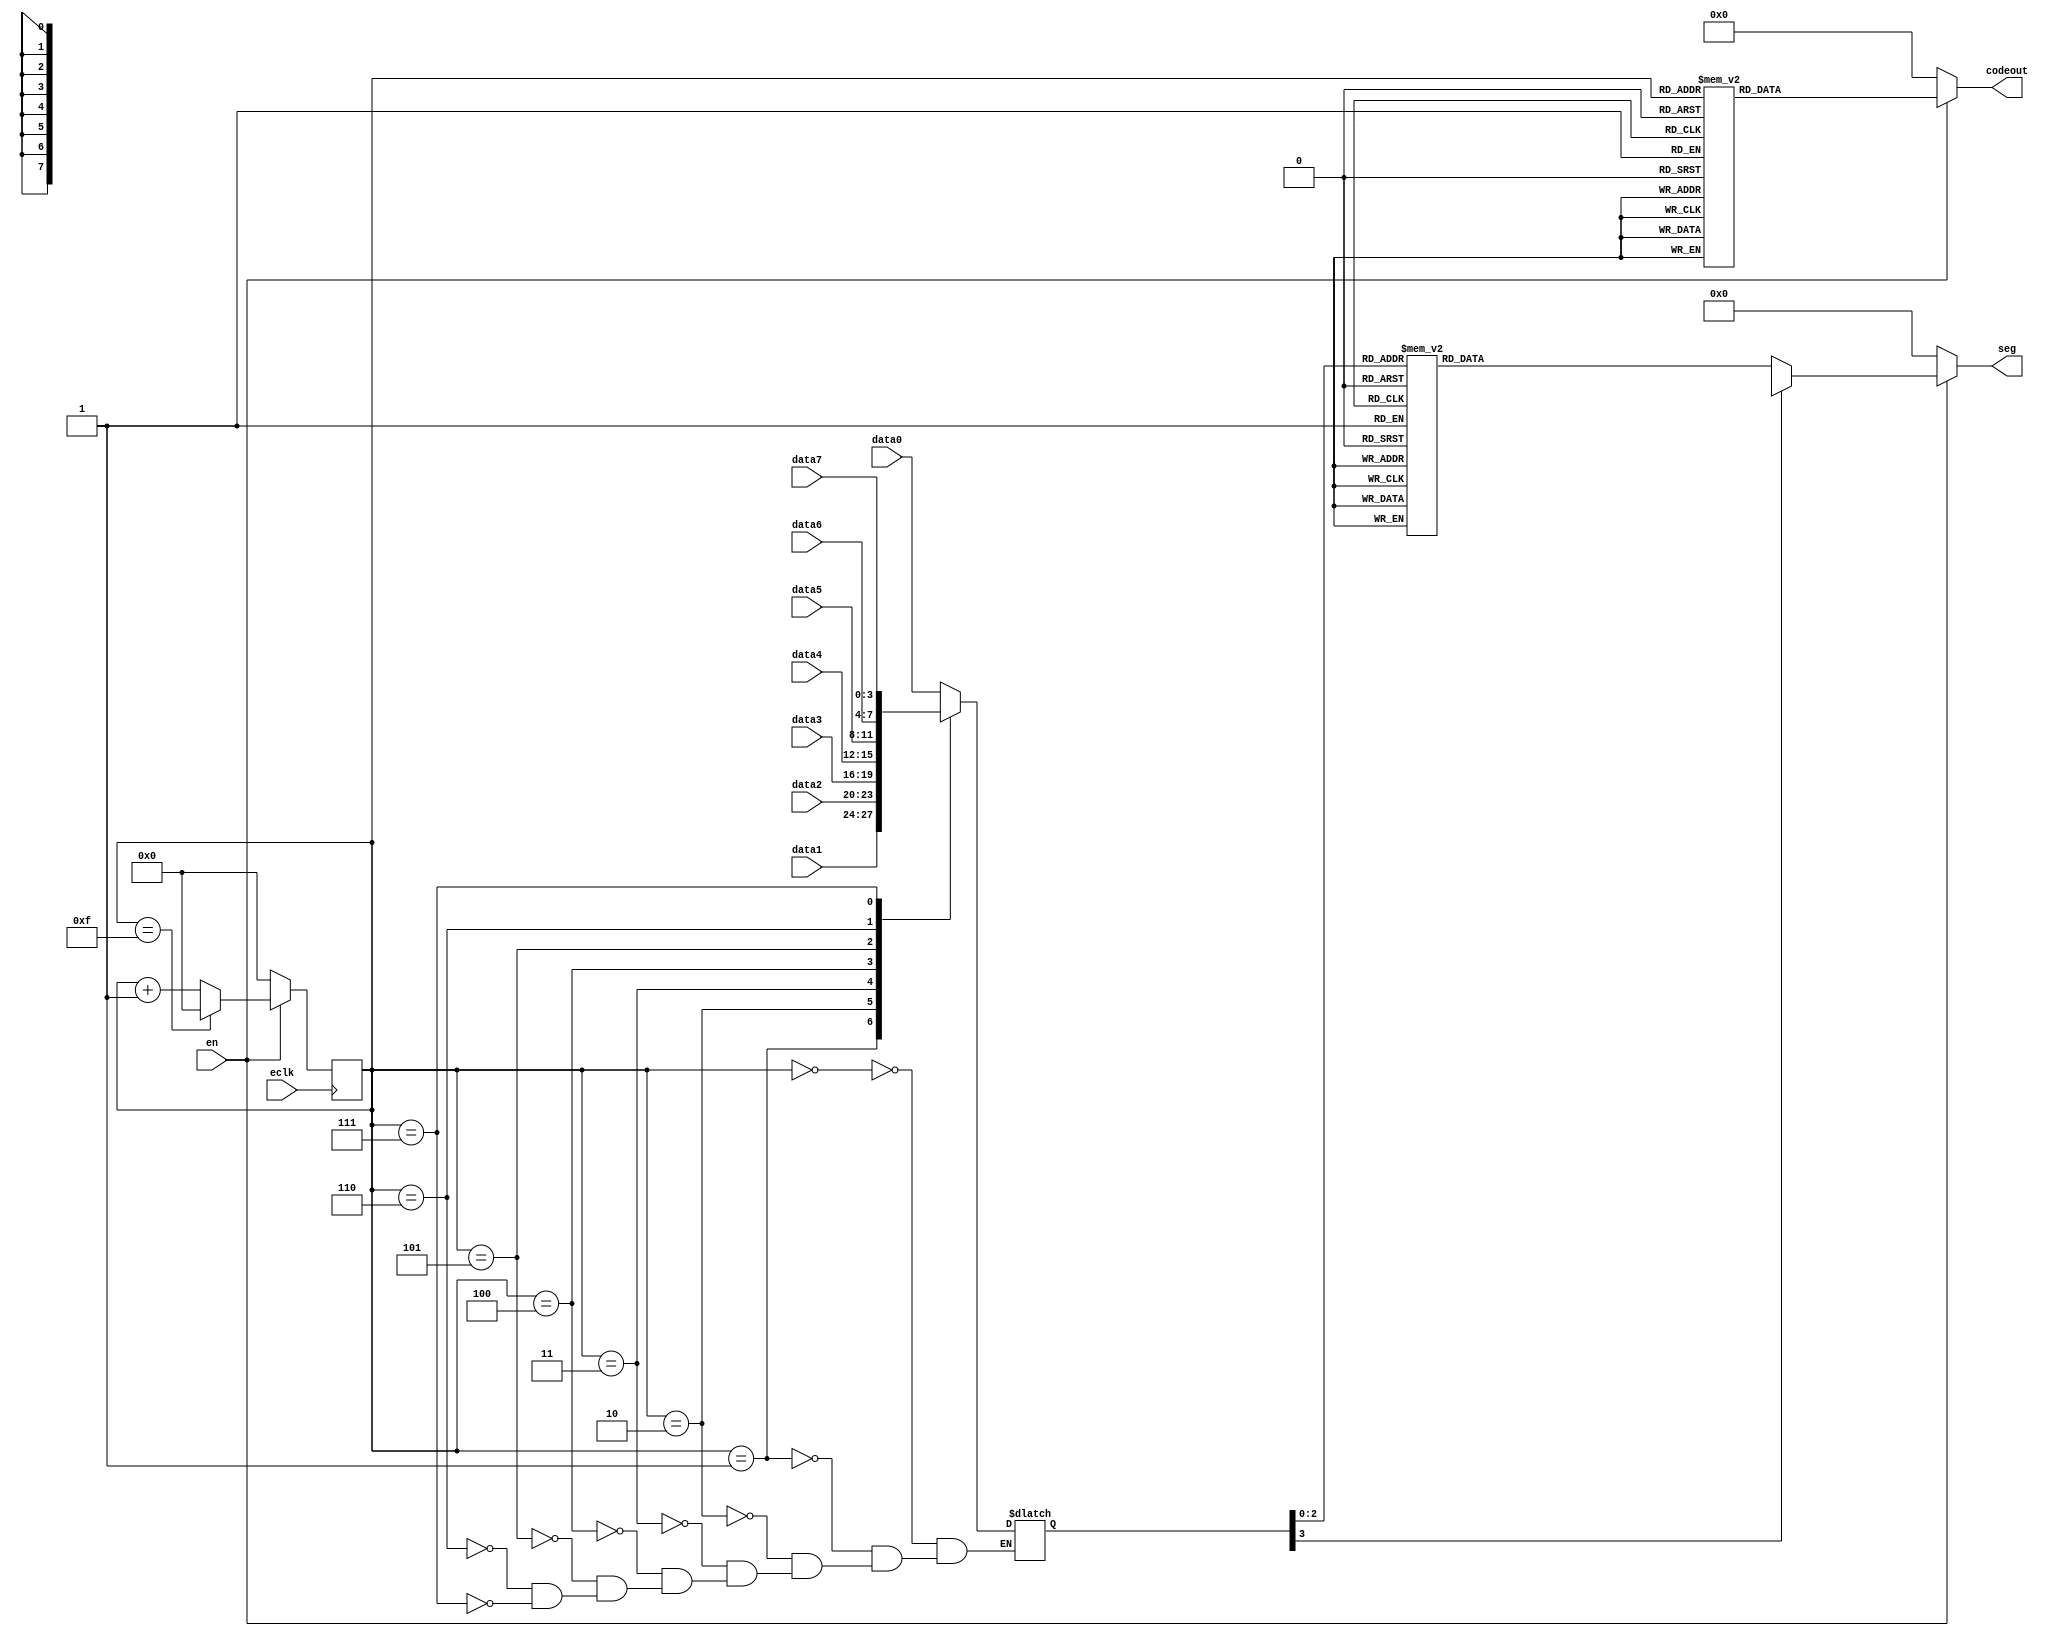
module show(
input eclk,
input en,
input [3:0] data0,data1,data2,data3,data4,data5,data6,data7,
output reg [6:0] codeout,//7
output reg [7:0] seg		 //6
);

reg [3:0] cnt;
reg [3:0] d;

	always@(posedge eclk)//8
	begin
		if(en)
			if(cnt==4'd15)	cnt <= 4'd0;
			else cnt <= cnt+4'd1;
		else 
			cnt <= 0;
	end	
	
	always @(cnt) //8-1
	begin
		 case(cnt)
			  4'b0000: d = data0;
			  4'b0001: d = data1;
			  4'b0010: d = data2;
			  4'b0011: d = data3;
			  4'b0100: d = data4;
			  4'b0101: d = data5;
			  4'b0110: d = data6;
			  4'b0111: d = data7;
		 endcase
	end
	
	always @(d) //
	if(en)
		case (d)
		4'd0 : seg<=8'b00000001;
		4'd1 : seg<=8'b00000010;
		4'd2 : seg<=8'b00000100;
		4'd3 : seg<=8'b00001000;
		4'd4 : seg<=8'b00010000;
		4'd5 : seg<=8'b00100000;
		4'd6 : seg<=8'b01000000;
		4'd7 : seg<=8'b10000000;
		default: seg=8'bx;
		endcase
	else
		seg<=8'b00000000;
	
	always @(cnt) //3-8
	if(en)	
		case (cnt)
		4'd0 : codeout<=7'b1111110;
		4'd1 : codeout<=7'b0110000;
		4'd2 : codeout<=7'b1101101;
		4'd3 : codeout<=7'b1111001;
		4'd4 : codeout<=7'b0110011;
		4'd5 : codeout<=7'b1011011;
		4'd6 : codeout<=7'b1011111;
		4'd7 : codeout<=7'b1110000;
		4'd8 : codeout<=7'b1111111;
		4'd9 : codeout<=7'b1110011;
		default: codeout=7'bx;
		endcase
	else
		codeout<=7'b0000000;
		
endmodule